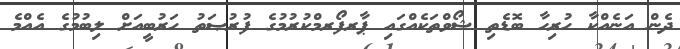
ދެން އަނެއްކާ ހުރިހާ ބޮޑެތި ޝޯވްތަކެއްގައި ޕާރފޯރމްކުރުމުގެ ފުރުޞަތު ހަރުބީއަށް ލިބުމުގެ އެއްމެ